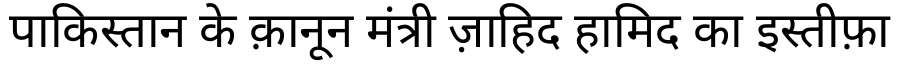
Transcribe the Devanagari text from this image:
पाकिस्तान के क़ानून मंत्री ज़ाहिद हामिद का इस्तीफ़ा